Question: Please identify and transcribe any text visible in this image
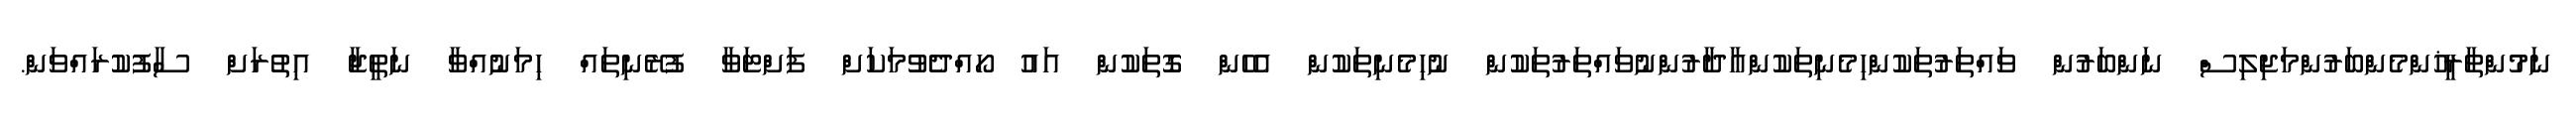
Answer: ނަމުންތާރީޚުންމެންބަރުންމަޖިލިސް ނަންބަރުން ވައްތަރުތަކުންހިމެނިތަކުންއާދާރުންނުވައްތަރުތަކުން ނުހިމެނިތަކުން އެހެން ގޮތަކުން އައު ހޯއްދެވުމަކަށް ފަށްޓަވާ ފުރޭނިތައް ހިމަނުއްވާ ނަތީޖާ އިތުރަށް ސާފުކުރައްވަން.